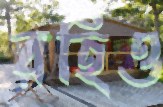
রহিও